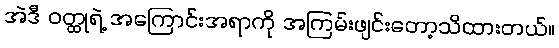
အဲဒီ ဝတ္ထုရဲ့ အကြောင်းအရာကို အကြမ်းဖျင်းတော့သိထားတယ်။